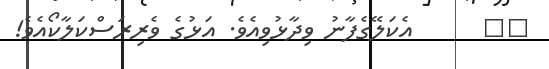
٢٥      އެކަލޭގެފާނު ވިދާޅުވިއެވެ. އަޅުގެ ވެރިރަސްކަލާކޯއެވެ!